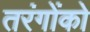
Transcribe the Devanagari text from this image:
तरंगोंको